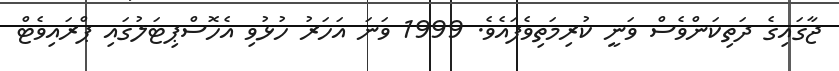
ޖާގައިގެ ދަތިކަންވެސް ވަނީ ކުރިމަތިވެފައެވެ. 1999 ވަނަ އަހަރު ހުޅުވި އެހޮސްޕިޓަލުގައި ޕްރައިވެޓް